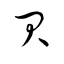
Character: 貝